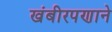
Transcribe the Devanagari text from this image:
खंबीरपणाने